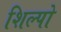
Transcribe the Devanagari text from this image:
शिल्पो